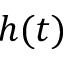
h ( t )